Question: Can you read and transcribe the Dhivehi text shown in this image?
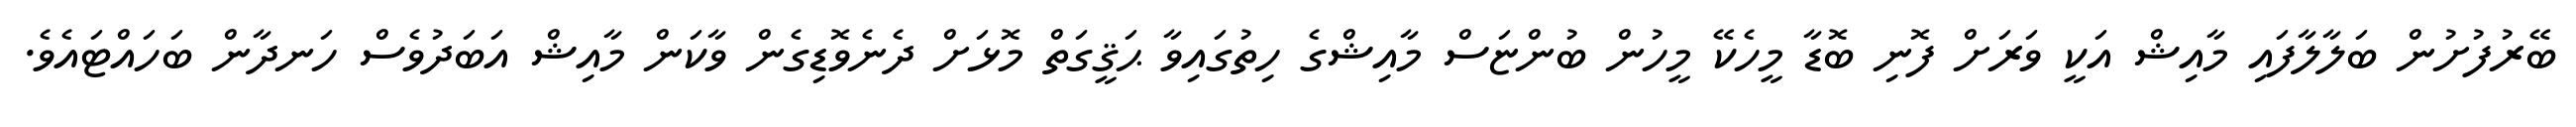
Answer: ބޭރުފުށުން ބަލާލާފައި މާއިޝް އަކީ ވަރަށް ފޮނި ބޮޑާ މީހެކޭ މީހުން ބުންޏަސް މާއިޝްގެ ހިތުގައިވާ ޙަޤީގަތް މޮޅަށް ދެނެވޮޑިގެން ވާކަން މާއިޝް އަބަދުވެސް ހަނދާން ބަހައްޓައެވެ.